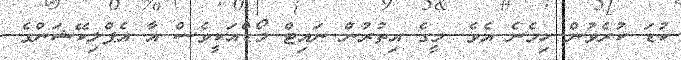
ކުޑަ ކުރެވުން ހިމެނެ އެވެ. މީގެ އިތުރުން ނައިޓް މޯޑްއަކީވެސް އާ އެޕްލިކޭޝަންގެ